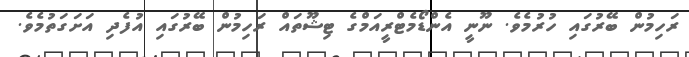
ރަހިމުން ބޭރުގައި ހުރުމެވެ. ނޫނީ އެންޑޯމެޓްރީއަމްގެ ޓިޝޫތައް ރަހިމުން ބޭރުގައި އުފެދި އަށަގަތުމެވެ.